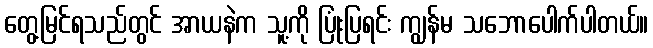
တွေ့မြင်ရသည်တွင် အာယနဲက သူ့ကို ပြုံးပြရင်း ကျွန်မ သဘောပေါက်ပါတယ်။